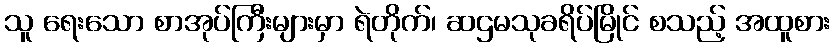
သူ ရေးသော စာအုပ်ကြီးများမှာ ရဲတိုက်၊ ဆဌမသုခရိပ်မြိုင် စသည့် အထူစား